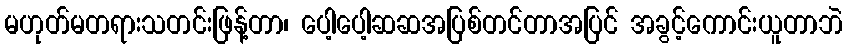
မဟုတ်မတရားသတင်းဖြန့်တာ၊ ပေါ့ပေါ့ဆဆအပြစ်တင်တာအပြင် အခွင့်ကောင်းယူတာဘဲ